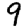
Digit: 9